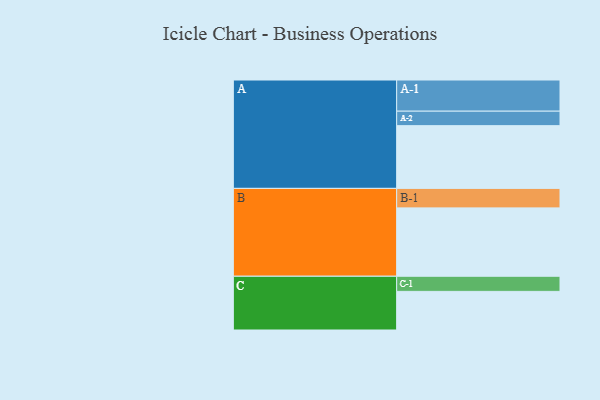
{"axis": {"x": "Segment", "y": "Value"}, "legend": ["", "A", "B", "C"], "data": [{"x": "A", "y": 489, "type": ""}, {"x": "B", "y": 533, "type": ""}, {"x": "C", "y": 301, "type": ""}, {"x": "A-1", "y": 243, "type": "A"}, {"x": "A-2", "y": 113, "type": "A"}, {"x": "B-1", "y": 152, "type": "B"}, {"x": "C-1", "y": 118, "type": "C"}]}